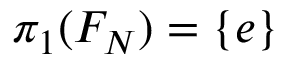
\pi _ { 1 } ( F _ { N } ) = \{ e \}